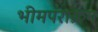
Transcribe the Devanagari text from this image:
भीमपराक्रम